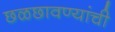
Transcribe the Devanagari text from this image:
छळछावण्यांची